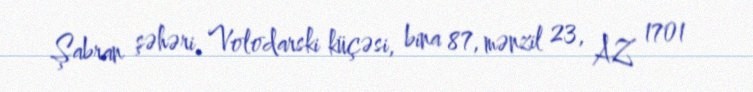
Şabran şəhəri, Volodarski küçəsi, bina 87, mənzil 23, AZ 1701